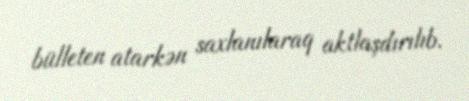
bülleten atarkən saxlanılaraq aktlaşdırılıb.